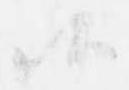
候